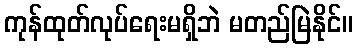
ကုန်ထုတ်လုပ်ရေးမရှိဘဲ မတည်မြဲနိုင်။